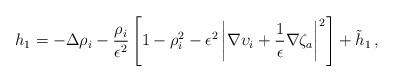
LaTeX: \begin{align*} h_1= -\Delta\rho_i-\frac{\rho_i}{\epsilon^2}\left[1-\rho_i^2-\epsilon^2\left|\nabla\upsilon_i+\frac{1}{\epsilon}\nabla\zeta_a\right|^2\right]+\tilde{h}_1 \,,\end{align*}